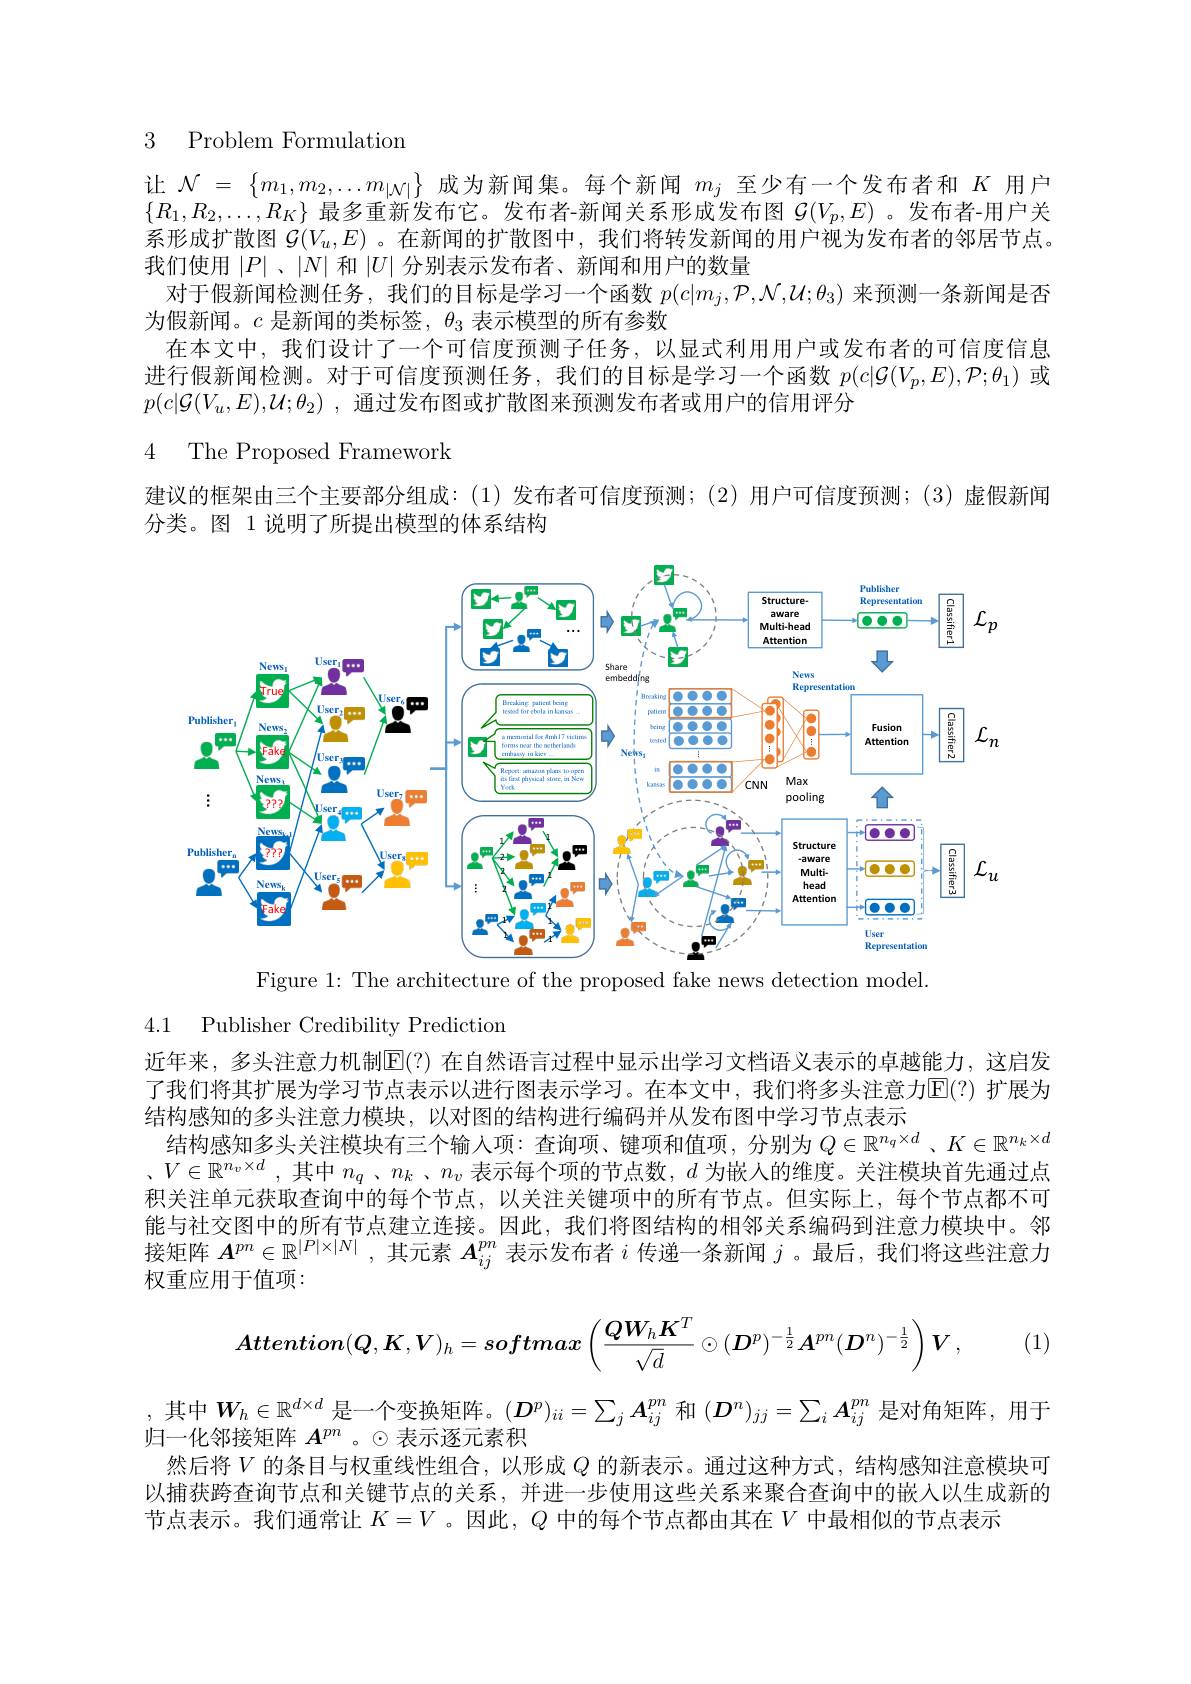
# 3 Problem Formulation

让$\mathcal{N}=\{m_1,m_2,\ldots m_{|\mathcal{N}|}\}$成为新闻集。每个新闻$m_j$至少有一个发布者和$K$用户$\{R_1,R_2,\ldots,R_K\}$最多重新发布它。发布者-新闻关系形成发布图$\mathcal{G}(V_p,E)$ 。发布者-用户关系形成扩散图$\mathcal{G}(V_u,E)$ 。在新闻的扩散图中，我们将转发新闻的用户视为发布者的邻居节点。我们使用$|P|$ 、$|N|$和$|U|$分别表示发布者、新闻和用户的数量
对于假新闻检测任务，我们的目标是学习一个函数$p(c|m_j,\mathcal{P},\mathcal{N},\mathcal{U};\theta_3)$来预测一条新闻是否
为假新闻。$c$是新闻的类标签，$\theta_3$表示模型的所有参数
在本文中，我们设计了一个可信度预测子任务，以显式利用用户或发布者的可信度信息进行假新闻检测。对于可信度预测任务，我们的目标是学习一个函数$p(c|\mathcal{G}(V_p,E),\mathcal{P};\theta_1)$或$p(c|\mathcal{G}(V_u,E),\mathcal{U};\theta_2)$ ,通过发布图或扩散图来预测发布者或用户的信用评分

# 4 The Proposed Framework

建议的框架由三个主要部分组成：(1)发布者可信度预测；(2)用户可信度预测；(3)虚假新闻
分类。图 1 说明了所提出模型的体系结构

<FigureHere>
Figure 1: The architecture of the proposed fake news detection model.

4.1

Publisher Credibility Prediction

近年来，多头注意力机制$\mathbb{E}(?)$ 在自然语言过程中显示出学习文档语义表示的卓越能力，这启发了我们将其扩展为学习节点表示以进行图表示学习。在本文中，我们将多头注意力$\overline{\mathbb{E}}(?)$ 扩展为结构感知的多头注意力模块，以对图的结构进行编码并从发布图中学习节点表示
结构感知多头关注模块有三个输入项：查询项、键项和值项，分别为$Q\in\mathbb{R}^n_q\times d$ 、$K\in\mathbb{R}^{n_k\times d}$ $,V\in\mathbb{R}^{n_v\times d}$,其中$n_q$ 、$n_k$ 、$n_v$表示每个项的节点数，$d$为嵌入的维度。关注模块首先通过点积关注单元获取查询中的每个节点，以关注关键项中的所有节点。但实际上，每个节点都不可能与社交图中的所有节点建立连接。因此，我们将图结构的相邻关系编码到注意力模块中。邻接矩阵$A^{pn}\in\mathbb{R}^{|P|\times|N|}$,其元素$A_ij^m$表示发布者$i$传递一条新闻$j$ 。最后，我们将这些注意力权重应用于值项：
$$Attention(Q,K,V)_h=softmax\left(\frac{QW_hK^T}{\sqrt{d}}\odot(D^p)^{-\frac12}A^{pn}(D^n)^{-\frac12}\right)V,$$
(1)
,其中$W_h\in\mathbb{R}^{d\times d}$是一个变换矩阵。$(\boldsymbol{D}^p)_{ii}=\sum_jA_{ij}^{pn}$和$(\boldsymbol{D}^n)_{jj}=\sum_iA_{ij}^{pm}$是对角矩阵，用于
归一化邻接矩阵$A^{pn}$ 。© 表示逐元素积
然后将$V$的条目与权重线性组合，以形成$Q$的新表示。通过这种方式，结构感知注意模块可以捕获跨查询节点和关键节点的关系，并进一步使用这些关系来聚合查询中的嵌入以生成新的节点表示。我们通常让$K=V$。因此，$Q$中的每个节点都由其在$V$中最相似的节点表示